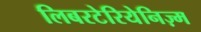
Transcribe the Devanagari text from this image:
लिबरटेरियेनिज़्म